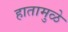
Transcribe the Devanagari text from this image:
हातामुळे